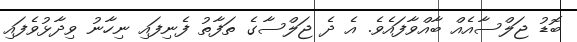
ބޮޑު ޖަލްސާއެއް ބާއްވާފައެވެ. އެ ދެ ޖަލްސާގެ ތަފާތު ފެނިފައި ނިހާނު ވިދާޅުވެފައި